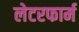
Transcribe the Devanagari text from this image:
लेटरफार्म